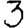
Digit: 3